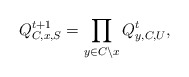
\begin{align*}Q_{C,x,S}^{t+1}=\prod_{y\in C\setminus x}Q_{y,C,U}^t,\end{align*}